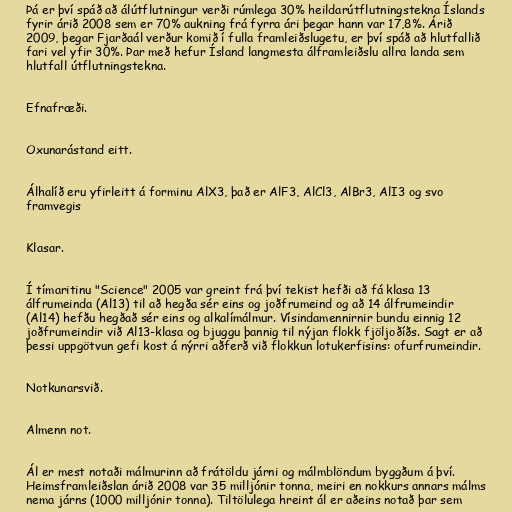
Þá er því spáð að álútflutningur verði rúmlega 30% heildarútflutningstekna Íslands
fyrir árið 2008 sem er 70% aukning frá fyrra ári þegar hann var 17,8%. Árið
2009, þegar Fjarðaál verður komið í fulla framleiðslugetu, er því spáð að hlutfallið
fari vel yfir 30%. Þar með hefur Ísland langmesta álframleiðslu allra landa sem
hlutfall útflutningstekna.

Efnafræði.

Oxunarástand eitt.

Álhalíð eru yfirleitt á forminu AlX3, það er AlF3, AlCl3, AlBr3, AlI3 og svo
framvegis

Klasar.

Í tímaritinu "Science" 2005 var greint frá því tekist hefði að fá klasa 13
álfrumeinda (Al13) til að hegða sér eins og joðfrumeind og að 14 álfrumeindir
(Al14) hefðu hegðað sér eins og alkalímálmur. Vísindamennirnir bundu einnig 12
joðfrumeindir við Al13-klasa og bjuggu þannig til nýjan flokk fjöljoðíðs. Sagt er að
þessi uppgötvun gefi kost á nýrri aðferð við flokkun lotukerfisins: ofurfrumeindir.

Notkunarsvið.

Almenn not.

Ál er mest notaði málmurinn að frátöldu járni og málmblöndum byggðum á því.
Heimsframleiðslan árið 2008 var 35 milljónir tonna, meiri en nokkurs annars málms
nema járns (1000 milljónir tonna). Tiltölulega hreint ál er aðeins notað þar sem